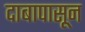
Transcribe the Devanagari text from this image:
दाबापासून